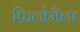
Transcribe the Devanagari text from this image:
फ़िलोमैला